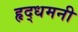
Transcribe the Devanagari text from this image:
हृद्‌धमनी